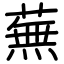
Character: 蕪